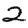
Digit: 2